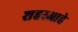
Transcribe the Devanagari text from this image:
शहरआहे